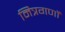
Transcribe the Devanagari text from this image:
मित्रगणों